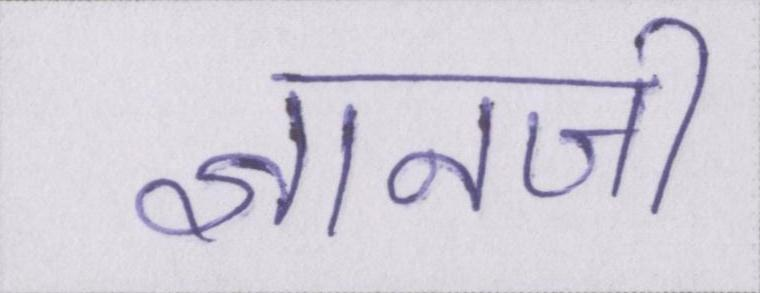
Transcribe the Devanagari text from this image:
ज्ञानजी